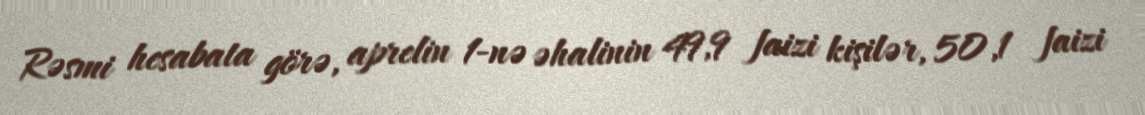
Rəsmi hesabata görə, aprelin 1-nə əhalinin 49,9 faizi kişilər, 50,1 faizi